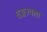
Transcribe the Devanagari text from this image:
वज्रज्वला